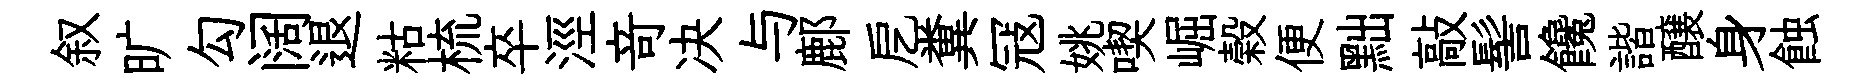
叙旷勾阔退䊀梳卒涇竒决与鄜戹糞冦姚喫崛榖便黜敲髻饞諧醸身蝕